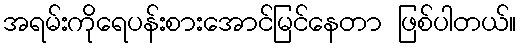
အရမ်းကိုရေပန်းစားအောင်မြင်နေတာ ဖြစ်ပါတယ်။